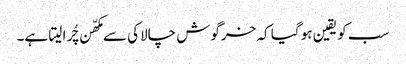
سب کو یقین ہو گیا کہ خرگوش چالاکی سے مکھّن چُرا لیتا ہے۔